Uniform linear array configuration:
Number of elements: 24
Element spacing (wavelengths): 0.25
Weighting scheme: blackman
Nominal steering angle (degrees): -15
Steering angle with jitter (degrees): -15.84
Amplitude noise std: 0.05
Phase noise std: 0.05

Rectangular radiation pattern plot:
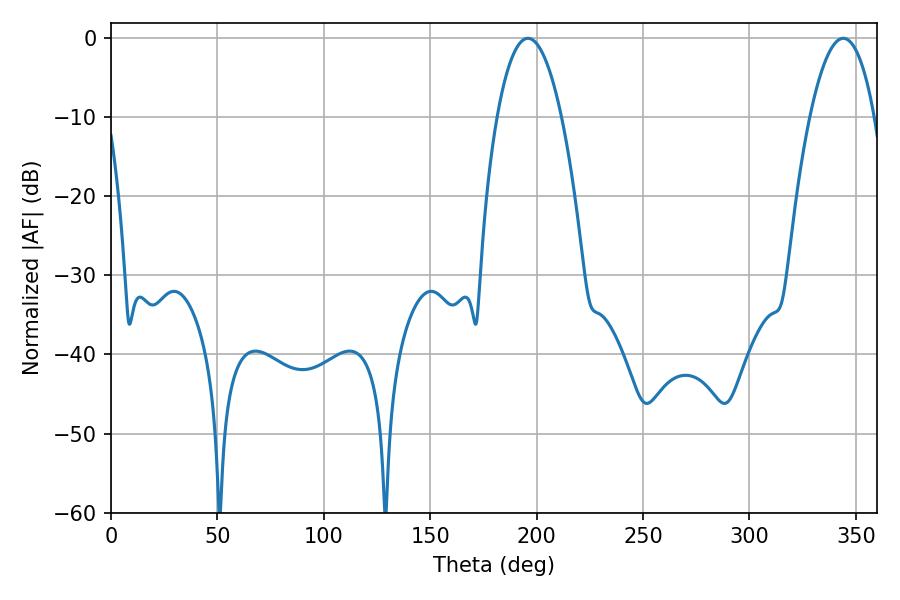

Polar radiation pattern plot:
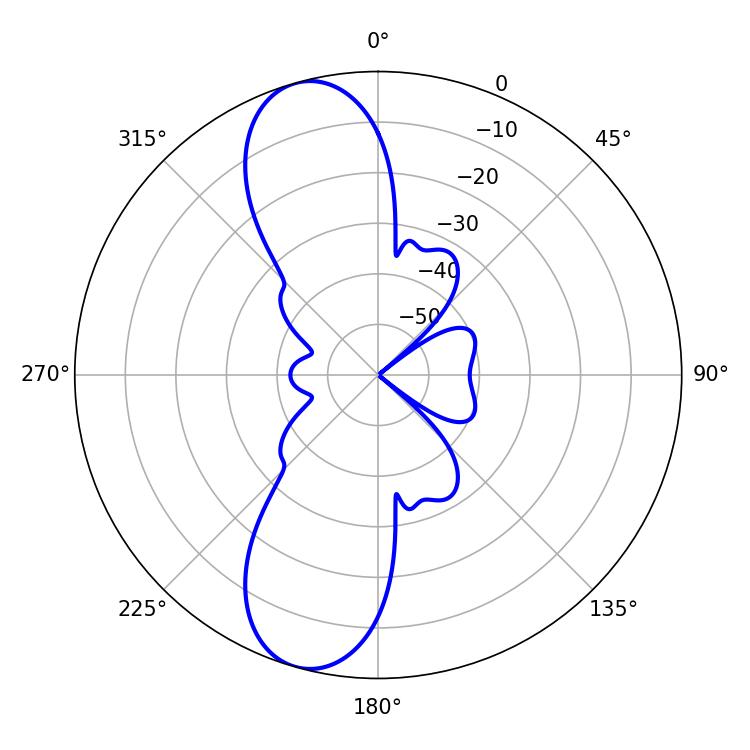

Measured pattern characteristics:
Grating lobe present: FALSE
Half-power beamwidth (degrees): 16.74
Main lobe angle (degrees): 195.84